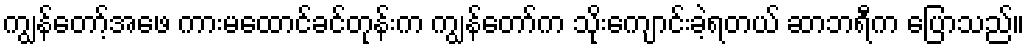
ကျွန်တော့်အဖေ ကားမထောင်ခင်တုန်းက ကျွန်တော်က သိုးကျောင်းခဲ့ရတယ် ဆာဘရီက ပြောသည်။